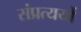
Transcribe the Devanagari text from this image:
संप्रत्ययों